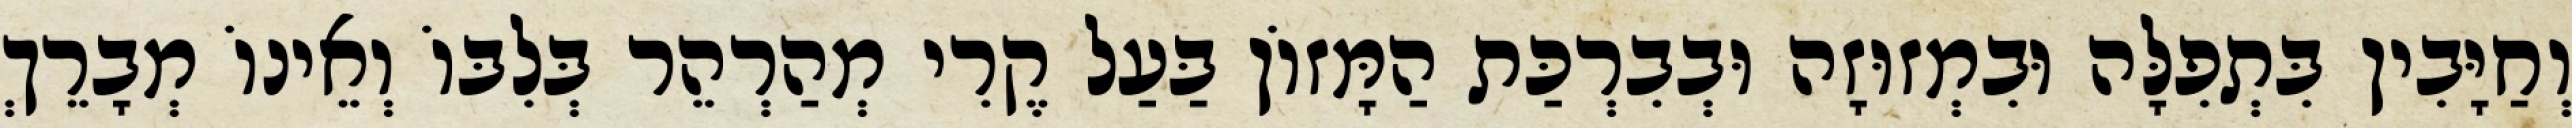
וְחַיָּבִין בִּתְפִלָּה וּבִמְזוּזָה וּבְבִרְכַּת הַמָּזוֹן בַּעַל קֶרִי מְהַרְהֵר בְּלִבּוֹ וְאֵינוֹ מְבָרֵךְ